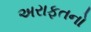
અરાફતનો